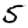
Digit: 5